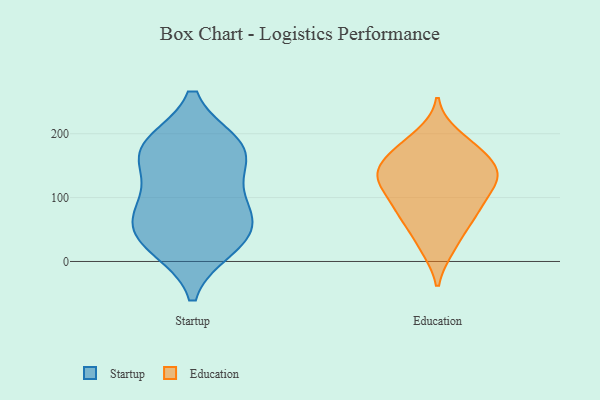
{"axis": {"x": "Budget (USD K)", "y": "Value"}, "legend": ["Education", "Startup"], "data": [{"x": "", "y": 37, "type": "Startup"}, {"x": "", "y": 172, "type": "Startup"}, {"x": "", "y": 38, "type": "Startup"}, {"x": "", "y": 102, "type": "Startup"}, {"x": "", "y": 181, "type": "Startup"}, {"x": "", "y": 80, "type": "Startup"}, {"x": "", "y": 172, "type": "Startup"}, {"x": "", "y": 170, "type": "Startup"}, {"x": "", "y": 24, "type": "Startup"}, {"x": "", "y": 72, "type": "Startup"}, {"x": "", "y": 151, "type": "Education"}, {"x": "", "y": 21, "type": "Education"}, {"x": "", "y": 107, "type": "Education"}, {"x": "", "y": 132, "type": "Education"}, {"x": "", "y": 197, "type": "Education"}, {"x": "", "y": 131, "type": "Education"}, {"x": "", "y": 77, "type": "Education"}, {"x": "", "y": 71, "type": "Education"}, {"x": "", "y": 153, "type": "Education"}, {"x": "", "y": 174, "type": "Education"}, {"x": "", "y": 145, "type": "Education"}, {"x": "", "y": 131, "type": "Education"}, {"x": "", "y": 176, "type": "Education"}, {"x": "", "y": 62, "type": "Education"}, {"x": "", "y": 95, "type": "Education"}, {"x": "", "y": 22, "type": "Education"}, {"x": "", "y": 72, "type": "Education"}, {"x": "", "y": 122, "type": "Education"}, {"x": "", "y": 183, "type": "Education"}, {"x": "", "y": 127, "type": "Education"}]}